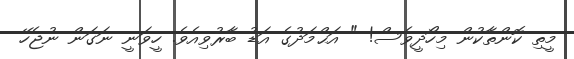
މީތި ކޮންތާކުން މިހޯދީވެސް! " އަޙްމަދުގެ އަޑު ބާރުވިއެވެ. ހީވަނީ ނަގަން ނުޖެހޭ